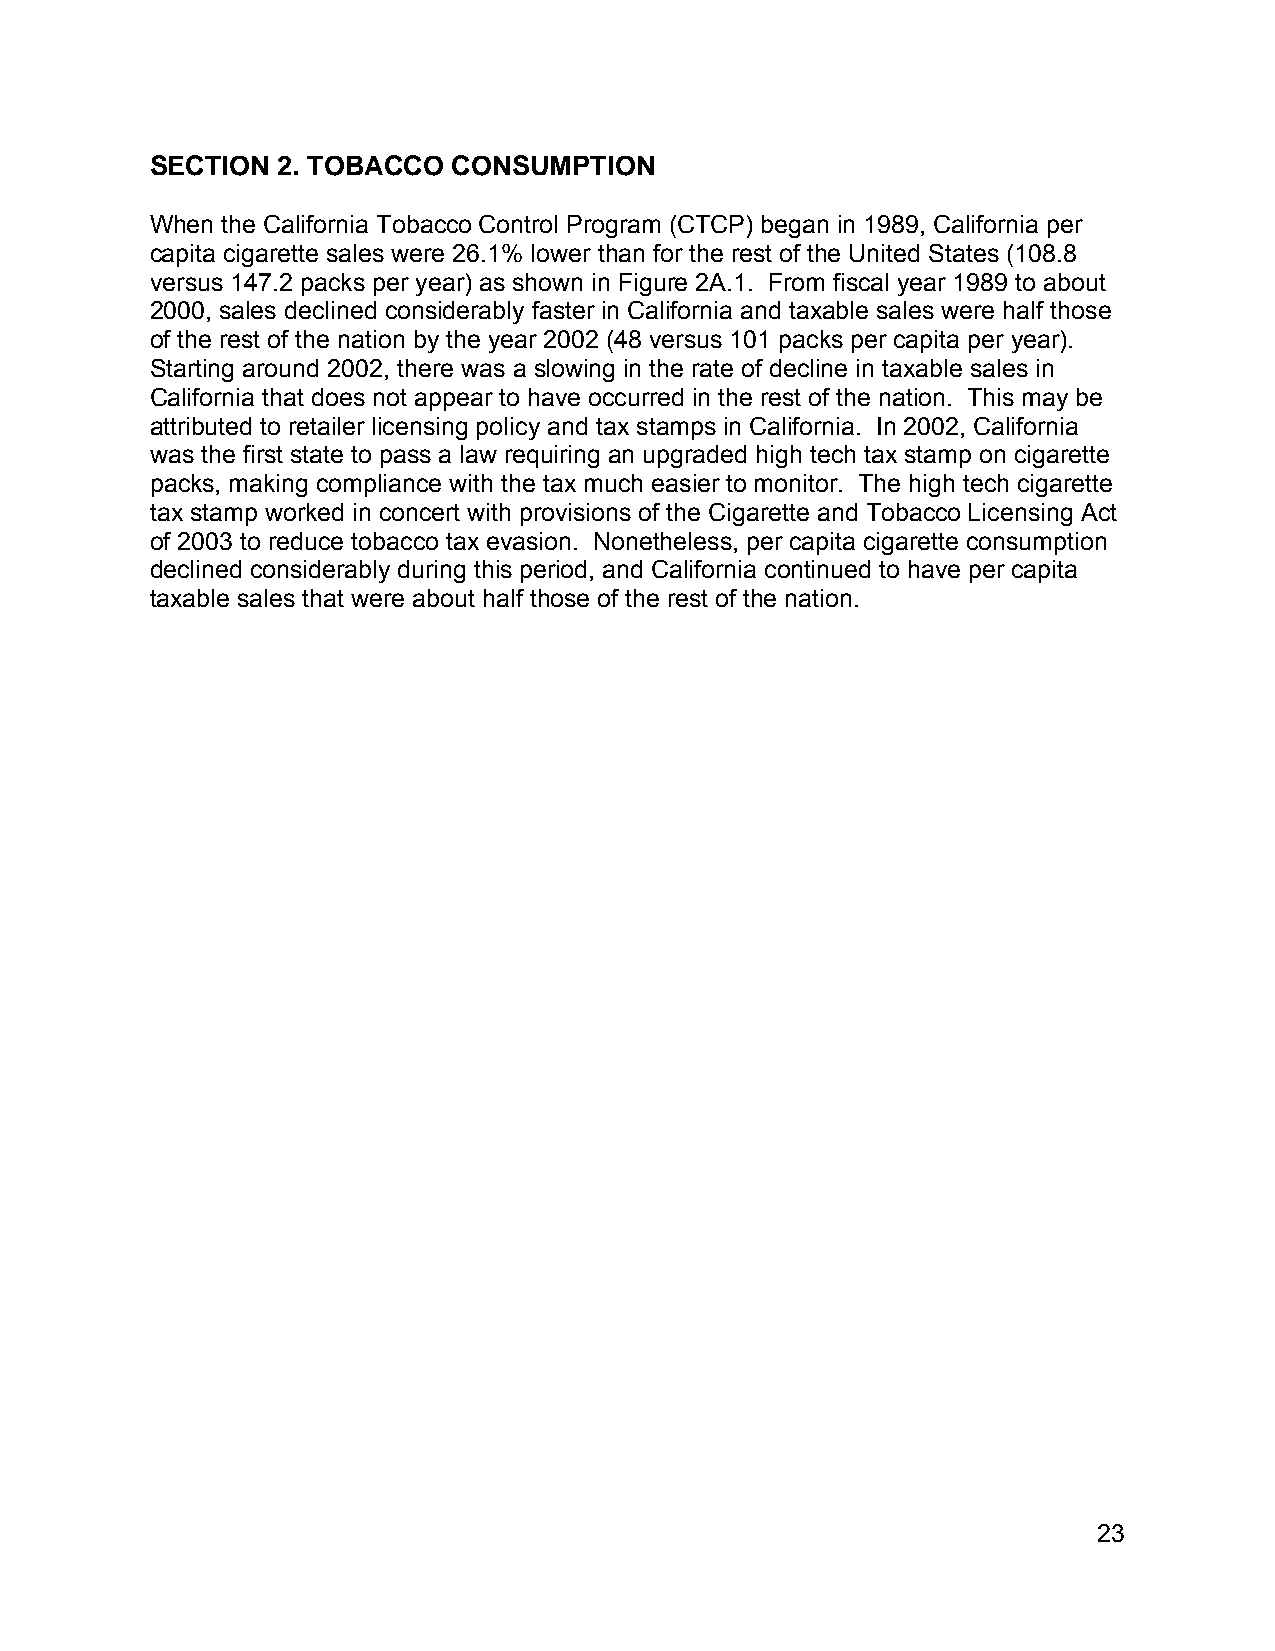
SECTION 2. TOBACCO  CONSUMPTION
 When the California Tobacco Control Program (CTCP) began in 1989, California per
 capita cigarette sales were 26.1% lower than for the rest of the United States (108.8
 versus 147.2 packs per year) as shown in Figure 2A.1. From fiscal year 1989 to about
 2000, sales declined considerably faster in California and taxable sales were half those
 of the rest of the nation by the year 2002 (48 versus 101 packs per capita per year).
 Starting around 2002, there was a slowing in the rate of decline in taxable sales in
 California that does not appear to have occurred in the rest of the nation. This may be
 attributed to retailer licensing policy and tax stamps in California. In 2002, California
 was the first state to pass a law requiring an upgraded high tech tax stamp on cigarette
 packs, making compliance with the tax much easier to monitor. The high tech cigarette
 tax stamp worked in concert with provisions of the Cigarette and Tobacco Licensing Act
 of 2003 to reduce tobacco tax evasion. Nonetheless, per capita cigarette consumption
 declined considerably during this period, and California continued to have per capita
 taxable sales that were about half those of the rest of the nation.
 23